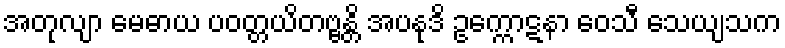
အတုလျာ မေဓာယ ပဝတ္တယိတဗ္ဗန္တိ အပနုဒိ ဥက္ကောဋနာ ဝေသီ သေယျသက